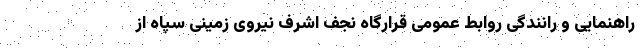
راهنمایی و رانندگی روابط عمومی قرارگاه نجف اشرف نیروی زمینی سپاه از